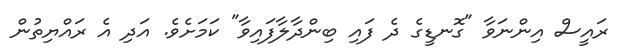
ރައީސް އިންނަވާ "ގޮނޑީގެ ދެ ފައި ބިންދާލާފައިވާ" ކަމަށެވެ. އަދި އެ ރައްޔިތުން